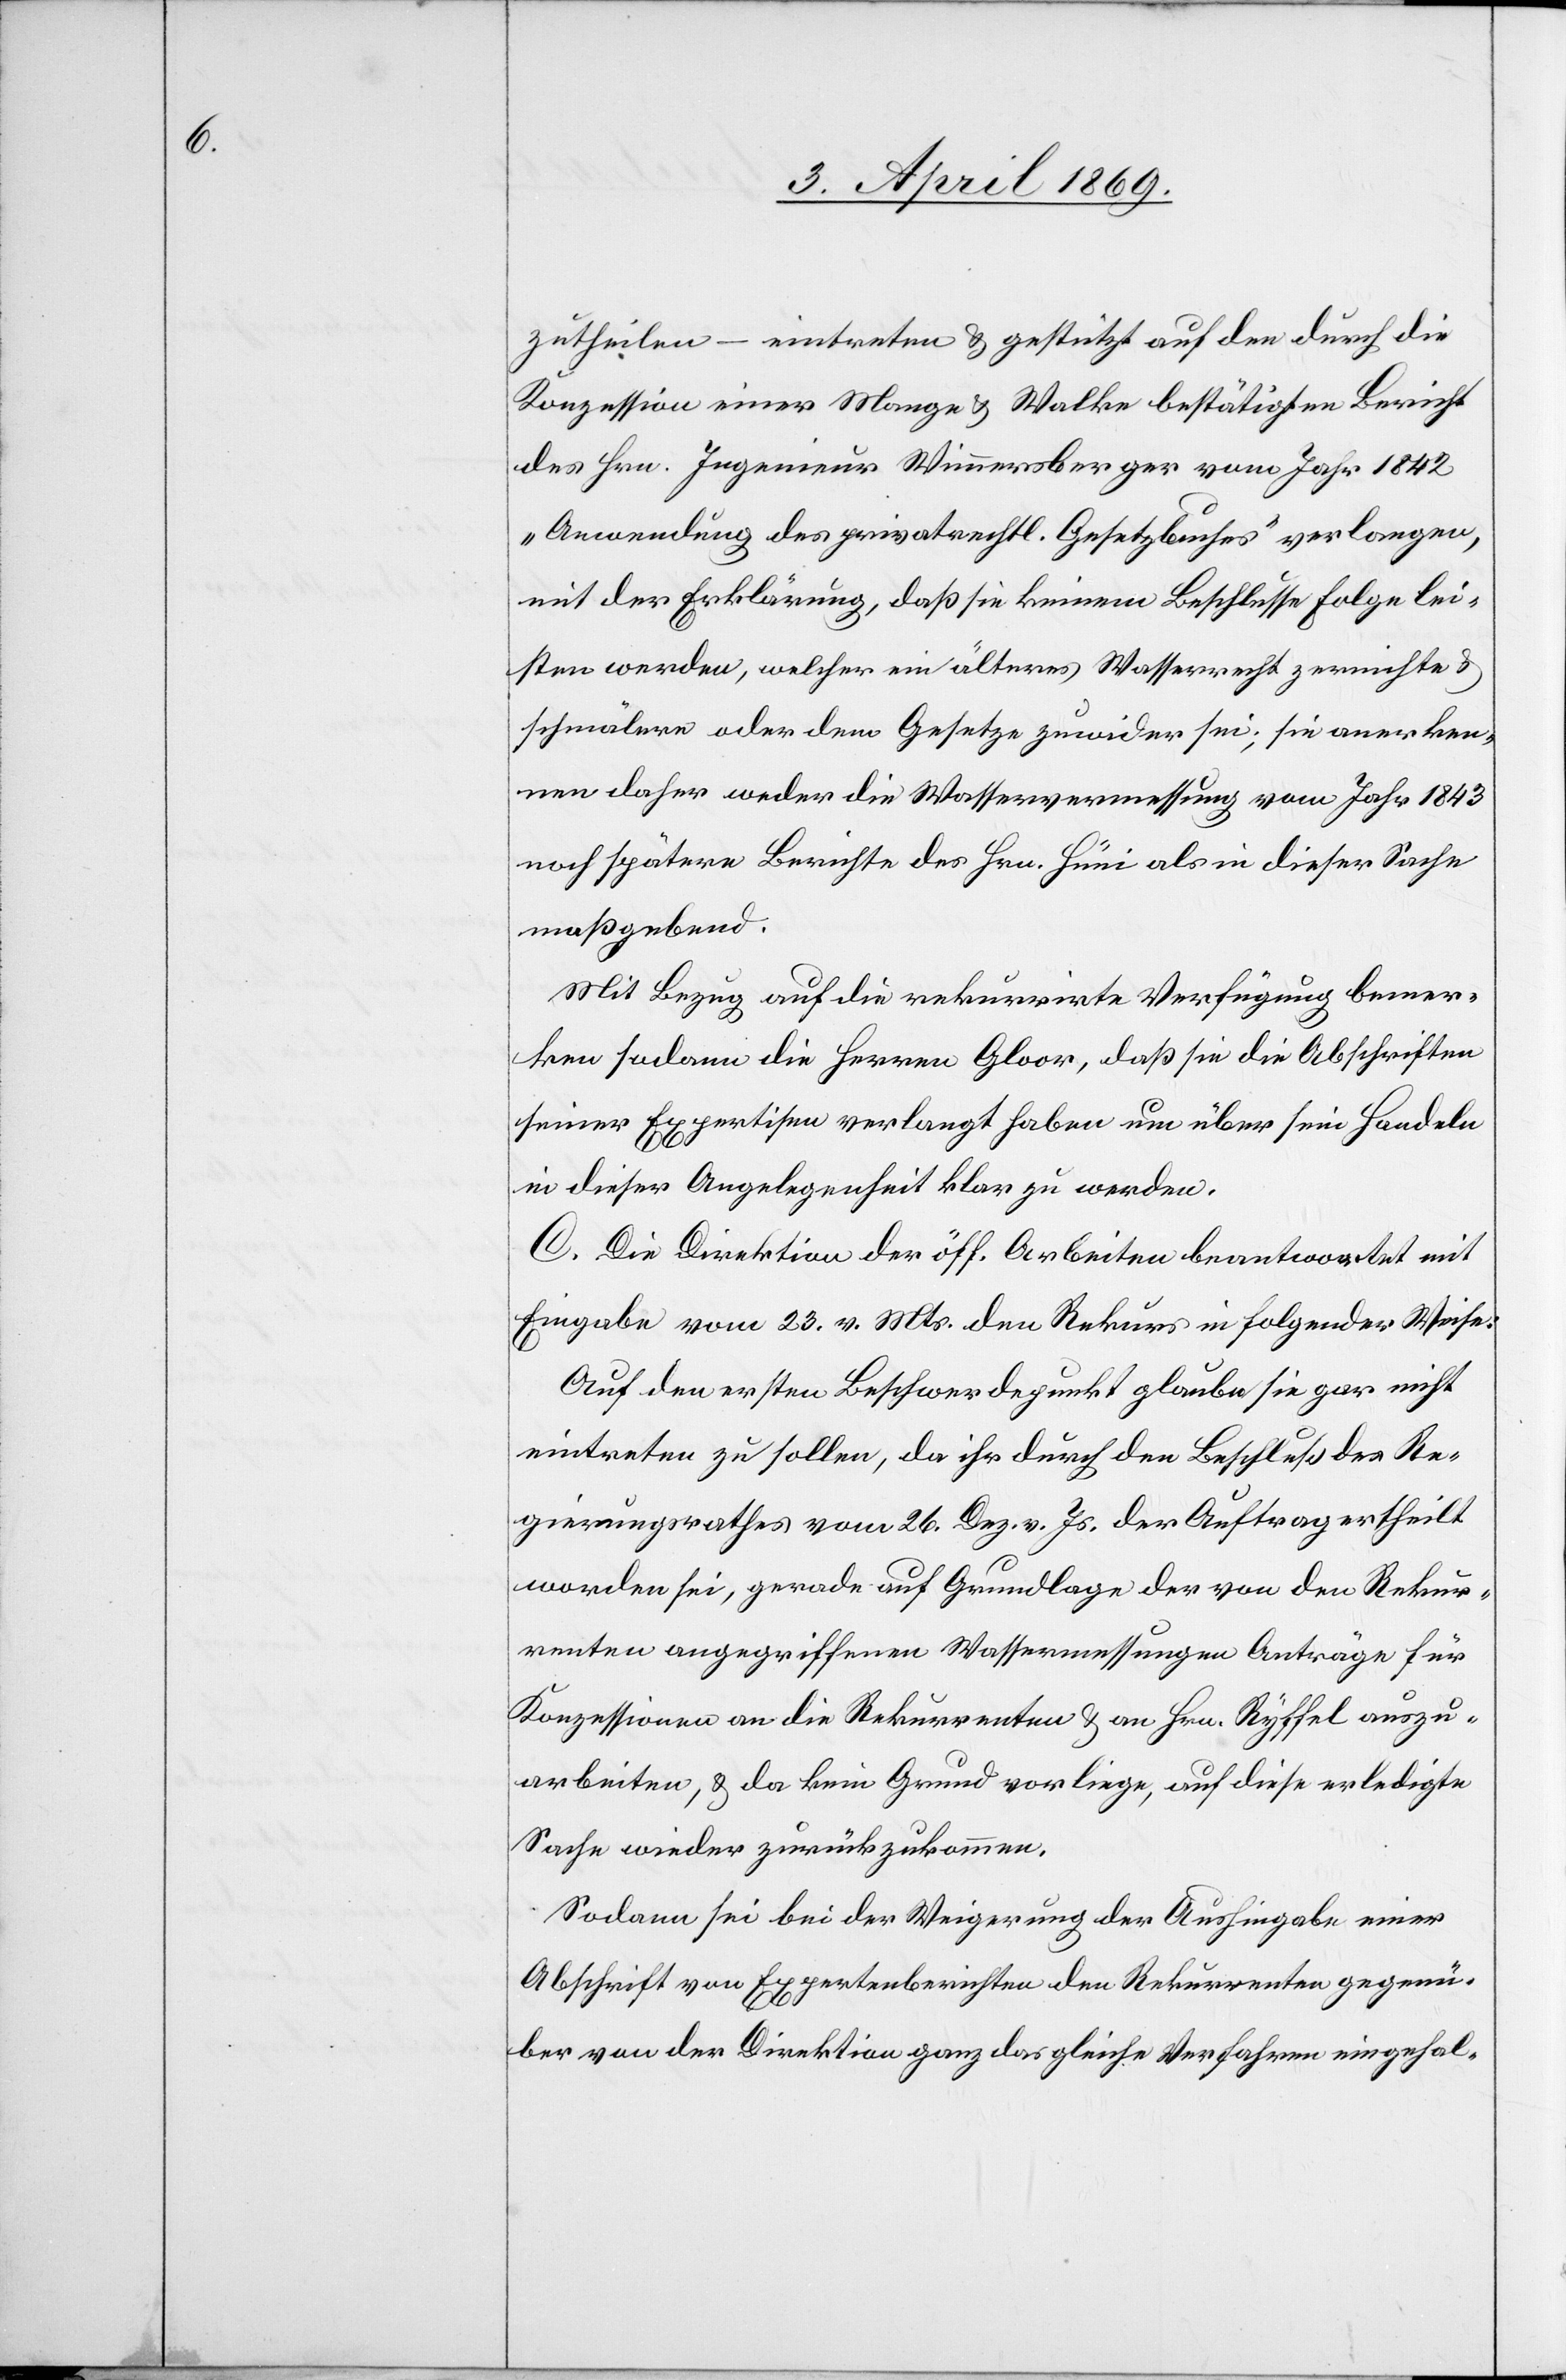
zutheilen – eintreten & gestützt auf den durch die
Konzession einer Mange & Walke bestätigten Bericht
des Hrn. Ingenieur Wimmersberger vom Jahr 1842
„Anwendung des privatrechtl. Gesetzbuches“ verlangen,
mit der Erklärung, daß sie keinem Beschlusse Folge lei¬
sten werden, welcher ein älteres Wasserrecht zernichte &
schmälere oder dem Gesetze zuwider sei; sie anerken¬
nen daher weder die Wasservermessung vom Jahr 1843
noch spätere Berichte des Hrn. Hüni als in dieser Sache
maßgebend.
Mit Bezug auf die rekurrirte Verfügung bemer¬
ken sodann die Herren Gloor, daß sie die Abschriften
seiner Expertisen verlangt haben um über sein Handeln
in dieser Angelegenheit klar zu werden.
C. Die Direktion der öff. Arbeiten beantwortet mit
Eingabe vom 23. v. Mts. den Rekurs in folgender Weise:
Auf den ersten Beschwerdepunkt glaube sie gar nicht
eintreten zu sollen, da ihr durch den Beschluß des Re¬
gierungsrathes vom 26. Dez. v. Js. der Auftrag ertheilt
worden sei, gerade auf Grundlage der von den Rekur¬
renten angegriffenen Wasservermessungen Anträge für
Konzessionen an die Rekurrenten & an Hrn. Ryffel auszu¬
arbeiten, & da kein Grund vorliege, auf diese erledigte
Sache wieder zurückzukommen.
Sodann sei bei der Weigerung der Aushingabe einer
Abschrift von Expertenberichten den Rekurrenten gegenü¬
ber von der Direktion ganz das gleiche Verfahren eingehal-